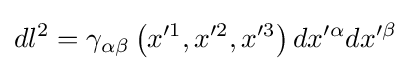
dl^{2}=\gamma _{\alpha \beta }\left(x^{\prime 1},x^{\prime 2},x^{\prime 3}\right)dx^{\prime \alpha }dx^{\prime \beta }